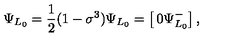
\Psi _ { L _ { 0 } } = { \frac { 1 } { 2 } } ( 1 - \sigma ^ { 3 } ) \Psi _ { L _ { 0 } } = \left[ \begin{matrix} { 0 } \\ { \Psi _ { L _ { 0 } } ^ { - } } \\ \end{matrix} \right] ,